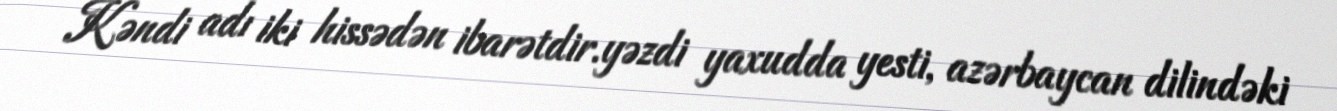
Kəndi adı iki hissədən ibarətdir.yəzdi yaxudda yesti, azərbaycan dilindəki